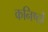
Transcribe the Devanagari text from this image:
कनिष्ठों